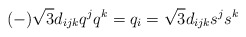
\begin{align*}(-)\sqrt 3 d_{ijk} q^j q^k = q_i = \sqrt 3 d_{ijk} s^j s^k\end{align*}